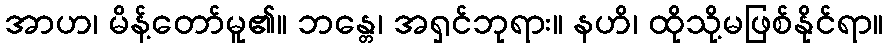
အာဟ၊ မိန့်တော်မူ၏။ ဘန္တေ၊ အရှင်ဘုရား။ နဟိ၊ ထိုသို့မဖြစ်နိုင်ရာ။